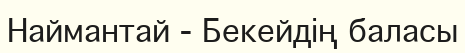
Наймантай - Бекейдің баласы